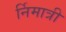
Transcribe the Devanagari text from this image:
र्निमात्री